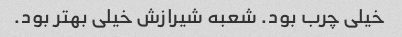
خیلی چرب بود. شعبه شیرازش خیلی بهتر بود.